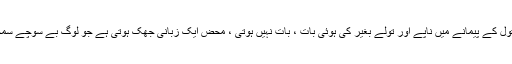
کیونکہ گفتگو بھی ایک ریاضی ہے جس میں ناپ تول کے پیمانے میں ناپے اور تولے بغیر کی ہوئی بات ، بات نہیں ہوتی ، محض ایک زبانی جھک ہوتی ہے جو لوگ بے سوچے سمجھے مارتے ہیں اور مکالمے ضائع کر دیتے ہیں ۔